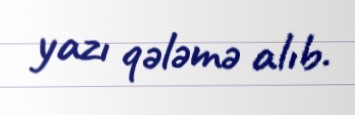
yazı qələmə alıb.